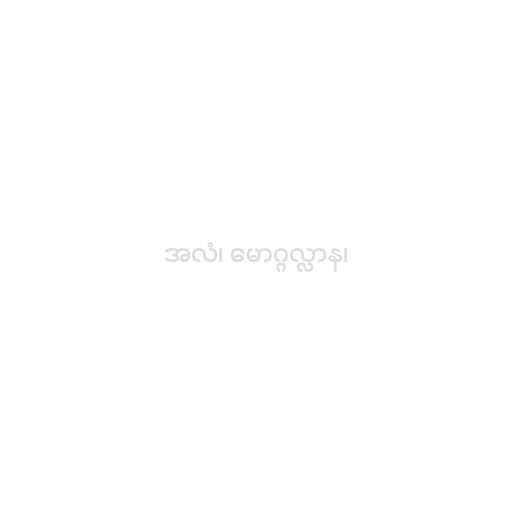
အလံ၊ မောဂ္ဂလ္လာန၊